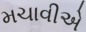
મચાવીએ